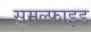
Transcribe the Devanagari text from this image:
समल्फाइड